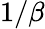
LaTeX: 1/\beta